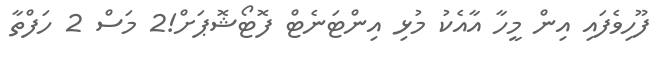
ފޫހިވެފައި އިން މީހާ އާއެކު މުޅި އިންޓަނެޓް ފޮޓޯޝޮޕަށް!2 މަސް 2 ހަފްތާ